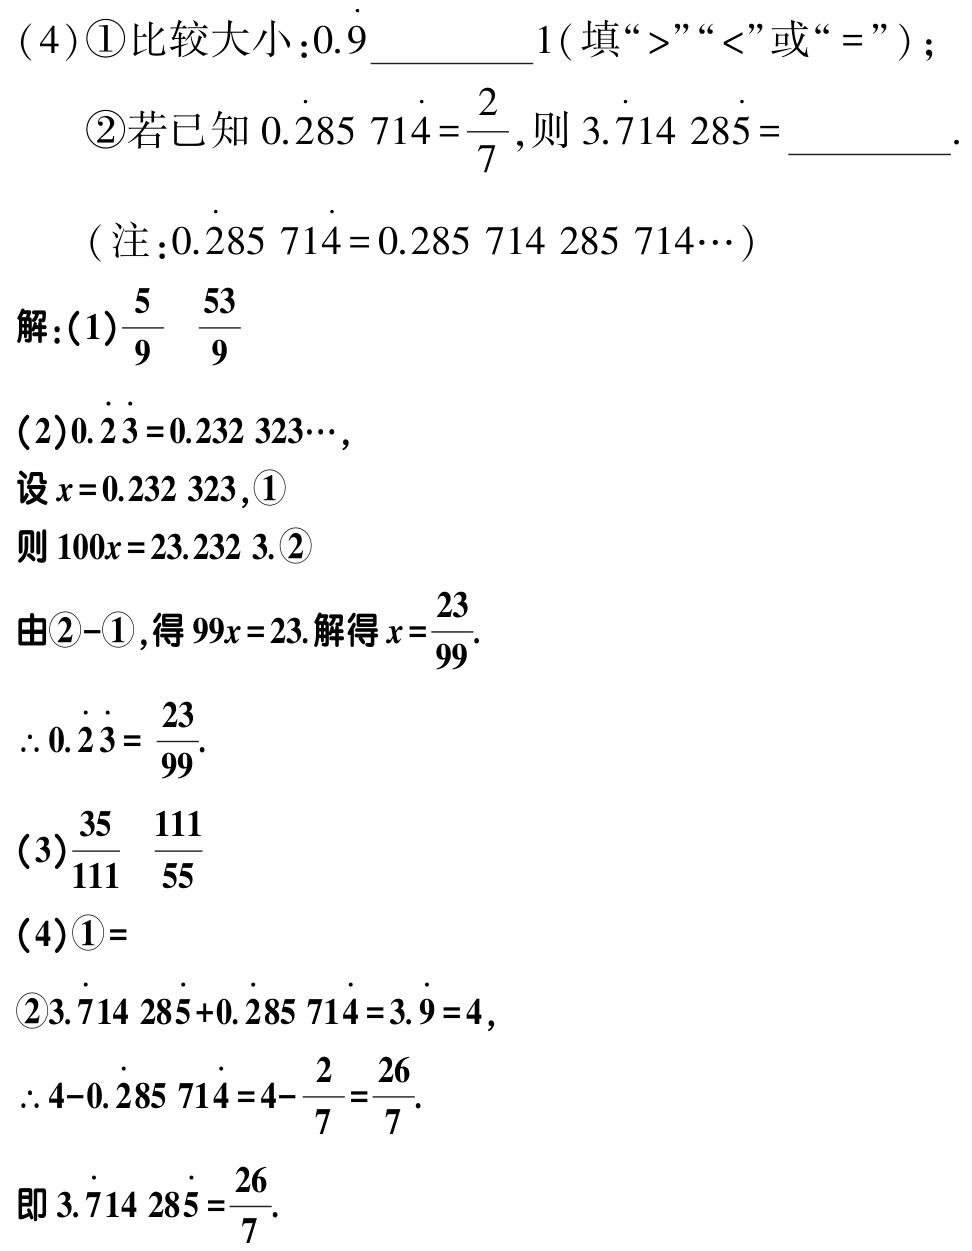
(4)\textcircled{1}比较大小：\(0.\dot{9}\)______\(1\)（填“\(>\)”“\(<\)”或“\(=\)”）；

\textcircled{2}若已知\(0.\dot{2}85\ 71\dot{4}=\frac{2}{7}\)，则\(3.\dot{7}14\ 28\dot{5}=\)______.

（注：\(0.\dot{2}85\ 71\dot{4}=0.285\ 714\ 285\ 714\cdots\)）

解：(1)\(\frac{5}{9}\) \(\frac{53}{9}\)

(2)\(0.\dot{2}\dot{3}=0.232\ 323\cdots\)，

设\(x = 0.232\ 323\)，\textcircled{1}

则\(100x = 23.232\ 3\).\textcircled{2}

由\textcircled{2} - \textcircled{1}，得\(99x = 23\). 解得\(x=\frac{23}{99}\).

\(\therefore 0.\dot{2}\dot{3}=\frac{23}{99}\).

(3)\(\frac{35}{111}\) \(\frac{111}{55}\)

(4)\textcircled{1}\(=\)

\textcircled{2}\(3.\dot{7}14\ 28\dot{5}+0.\dot{2}85\ 71\dot{4}=3.\dot{9}=4\)，

\(\therefore 4 - 0.\dot{2}85\ 71\dot{4}=4-\frac{2}{7}=\frac{26}{7}\).

即\(3.\dot{7}14\ 28\dot{5}=\frac{26}{7}\).